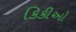
કિકીઓ